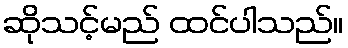
ဆိုသင့်မည် ထင်ပါသည်။